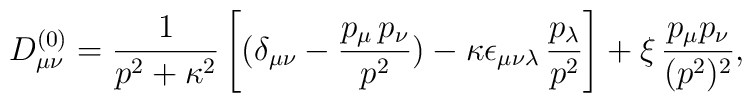
D_{\mu \nu}^{(0)} = \frac{1}{p^2 + \kappa^2} \left[(\delta_{\mu \nu} -\frac{p_{\mu} \,p_{\nu}}{p^2})- \kappa \epsilon_{\mu \nu\lambda}\,{p_{\lambda}\over p^{2}}\right] + \xi\,\frac{p_{\mu}p_{\nu}}{(p^2)^2},